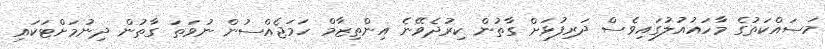
މަސައްކަތުގެ މާހައުއުލުގައިވެސް ދަރިފުޅަށް ގާތުން ކިރުދެވޭނެ އިންތިޒާމް ހަމަޖެއްސުން ނުވަތަ ގާތުން ދިނުމަށްޓަކައި